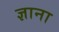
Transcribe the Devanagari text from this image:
ज्ञाना